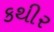
કથીર